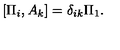
[ \Pi _ { i } , A _ { k } ] = \delta _ { i k } \Pi _ { 1 } .